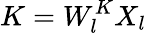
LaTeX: K=W_{l}^{K}X_{l}